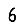
Digit: 6